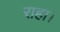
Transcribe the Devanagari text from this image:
राहा।